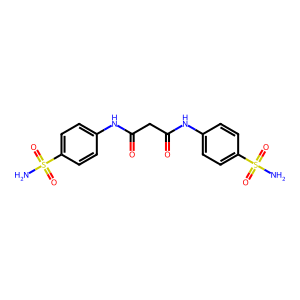
SMILES: NS(=O)(=O)c1ccc(NC(=O)CC(=O)Nc2ccc(S(N)(=O)=O)cc2)cc1
Inhibits HIV replication: No